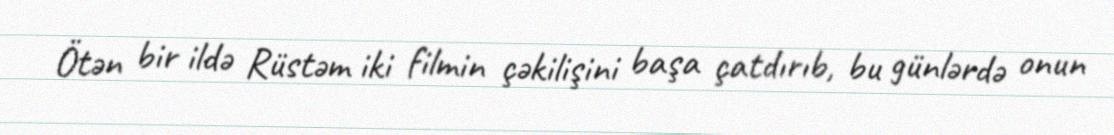
Ötən bir ildə Rüstəm iki filmin çəkilişini başa çatdırıb, bu günlərdə onun